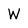
Character: W